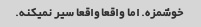
خوشمزه. اما واقعا واقعا سیر نمیکنه.